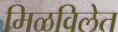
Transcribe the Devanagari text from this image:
मिळविलेत